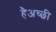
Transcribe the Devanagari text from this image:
हैअच्छी